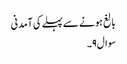
بالغ ہونے سے پہلے کی آمدنی
سوال۹۔